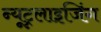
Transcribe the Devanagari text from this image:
न्यूट्रलाइजिंग